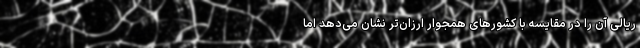
ریالی آن را در مقایسه با کشورهای همجوار ارزان‌تر نشان می‌دهد اما